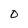
Character: 0